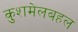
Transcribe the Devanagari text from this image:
कुशमेलबहल